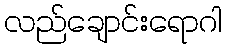
လည်ချောင်းရောဂါ